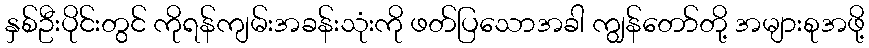
နှစ်ဦးပိုင်းတွင် ကိုရန်ကျမ်းအခန်းသုံးကို ဖတ်ပြသောအခါ ကျွန်တော်တို့ အများစုအဖို့